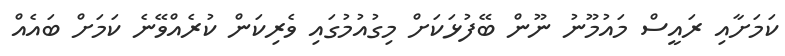
ކަމަށާއި ރައީސް މައުމޫނު ނޫން ބޭފުޅަކަށް މިގުއުމުގައި ވެރިކަން ކުރެއްވޭނެ ކަމަށް ބައެއް